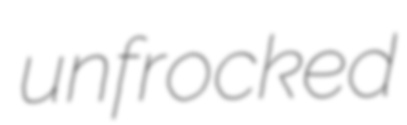
unfrocked